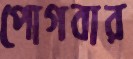
পোগবার